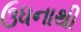
ઉધનાથી